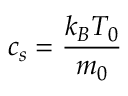
c _ { s } = \frac { k _ { B } T _ { 0 } } { m _ { 0 } }